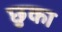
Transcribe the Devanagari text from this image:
छुका